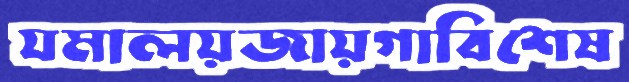
যমালয়জায়গাবিশেষ